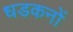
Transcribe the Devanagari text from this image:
धडकनों